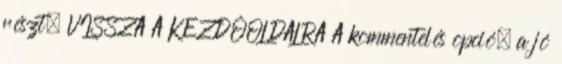
részt. VISSZA A KEZDŐOLDALRA A kommentelés opció, a jó